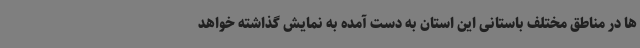
ها در مناطق مختلف باستانی این استان به دست آمده به نمایش گذاشته خواهد